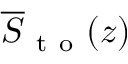
\overline { { S } } _ { \mathrm { ~ t ~ o ~ } } ( z )